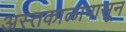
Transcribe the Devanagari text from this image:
अस्तकाळापासून